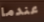
عندما